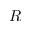
R